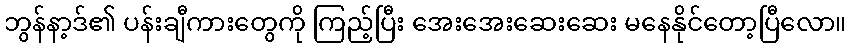
ဘွန်နာ့ဒ်၏ ပန်းချီကားတွေကို ကြည့်ပြီး အေးအေးဆေးဆေး မနေနိုင်တော့ပြီလော။